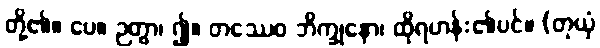
တို့၏။ ပေ။ ဉတွာ၊ ၍။ တဿေဝ ဘိက္ခုနော၊ ထိုရဟန်း၏ပင်။ (တုယှံ